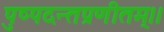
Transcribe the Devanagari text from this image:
पुष्पदन्तप्रणीतम्।।